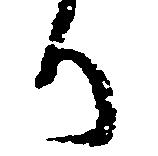
り